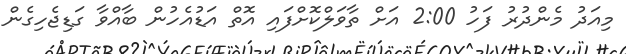
މިއަދު މެންދުރު ފަހު 2:00 އަށް ތާވަލްކޮށްފައި އޮތް އަޑުއެހުން ބާއްވާ ގަޑިޖެހިގެން